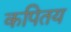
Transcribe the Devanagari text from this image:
कपितय